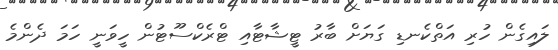
ލައިގެން ހުރި އަތްކެނޑި ގަޔަށް ބާރު ޓީޝާޓާއި ޓްރެކްސޫޓުން ހީވަނީ ހަމަ ދެންމެ